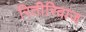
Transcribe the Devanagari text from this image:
रितीरिवाज